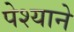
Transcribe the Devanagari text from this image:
पेश्याने